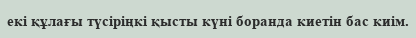
екі құлағы түсіріңкі қысты күні боранда киетін бас киім.